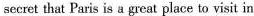
secret that Paris is a great place to visit in